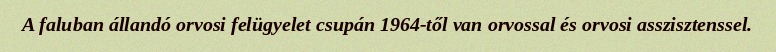
A faluban állandó orvosi felügyelet csupán 1964-től van orvossal és orvosi asszisztenssel.